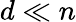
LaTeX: d\ll n